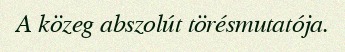
A közeg abszolút törésmutatója.